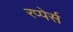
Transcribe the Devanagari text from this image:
रप्पेर्स